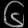
Digit: ၆